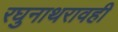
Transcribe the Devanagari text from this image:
रघुनाथरावही